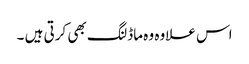
اس علاوہ وہ ماڈلنگ بھی کرتی ہیں ۔